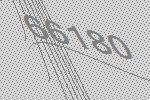
66180